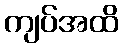
ကျပ်အထိ